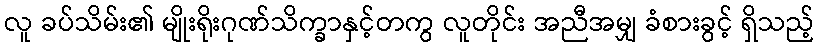
လူ ခပ်သိမ်း၏ မျိုးရိုးဂုဏ်သိက္ခာနှင့်တကွ လူတိုင်း အညီအမျှ ခံစားခွင့် ရှိသည့်